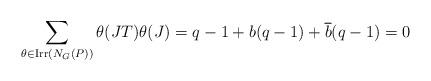
LaTeX: \begin{align*}\sum\limits_{\theta\in {\rm Irr}(N_G(P))} \theta(JT)\theta(J)= q-1+ b(q-1)+\overline{b}(q-1) = 0\end{align*}